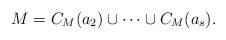
LaTeX: \begin{align*}M=C_M(a_2)\cup \dots \cup C_M(a_s).\end{align*}